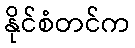
နိုင်စံတင်က